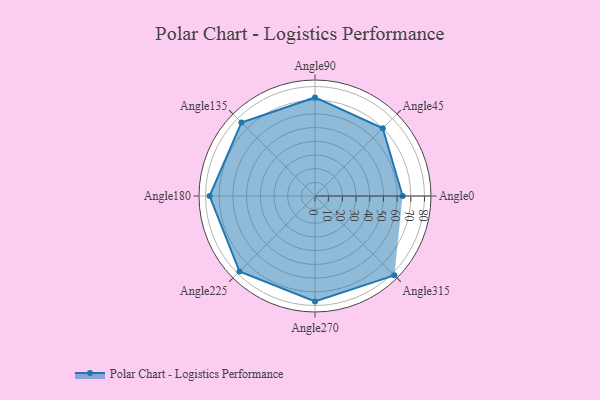
{"axis": {"x": "Angle", "y": "Radius"}, "legend": [""], "data": [{"x": "Angle0", "y": 64.0, "type": ""}, {"x": "Angle45", "y": 70.0, "type": ""}, {"x": "Angle90", "y": 72.0, "type": ""}, {"x": "Angle135", "y": 76.0, "type": ""}, {"x": "Angle180", "y": 77.0, "type": ""}, {"x": "Angle225", "y": 78.0, "type": ""}, {"x": "Angle270", "y": 77.0, "type": ""}, {"x": "Angle315", "y": 82.0, "type": ""}]}